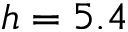
h = 5 . 4